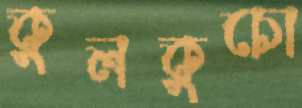
কুলকুচো